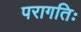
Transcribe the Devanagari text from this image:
परागतिः